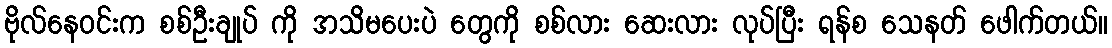
ဗိုလ်နေဝင်းက စစ်ဦးချုပ် ကို အသိမပေးပဲ တွေကို စစ်လား ဆေးလား လုပ်ပြီး ရန်စ သေနတ် ဖေါက်တယ်။